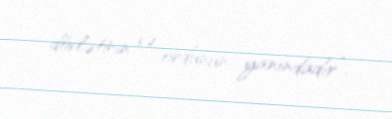
dövlətinin və ordunun yanındadır”.